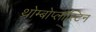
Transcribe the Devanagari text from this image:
थ्रोम्बोप्लास्टिन